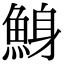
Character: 鯓